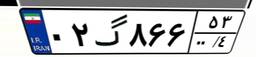
۰۲گ۸۶۶۵۳